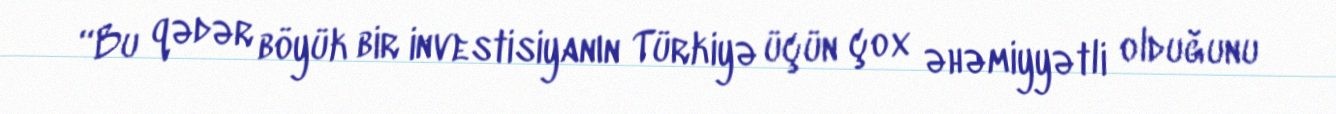
“Bu qədər böyük bir investisiyanın Türkiyə üçün çox əhəmiyyətli olduğunu